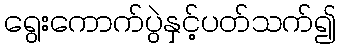
ရွေးကောက်ပွဲနှင့်ပတ်သက်၍